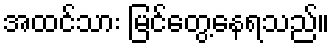
အထင်သား မြင်တွေ့နေရသည်။